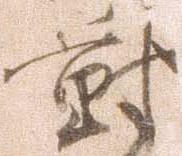
対